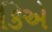
કિએ